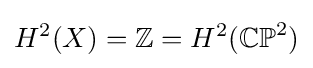
H^{2}(X)=\mathbb {Z} =H^{2}(\mathbb {CP} ^{2})